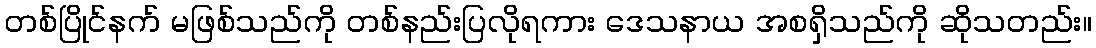
တစ်ပြိုင်နက် မဖြစ်သည်ကို တစ်နည်းပြလိုရကား ဒေသနာယ အစရှိသည်ကို ဆိုသတည်း။